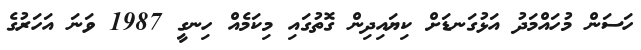
ހަސަން މުހައްމަދު އަޅުގަނޑަށް ކިޔައިދިން ގޮތުގައި މިކަމެއް ހިނގީ 1987 ވަނަ އަހަރުގެ